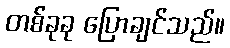
တစ်ခုခု ပြောချင်သည်။